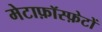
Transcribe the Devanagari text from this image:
मेटाफ़ॉस्फ़ेटों